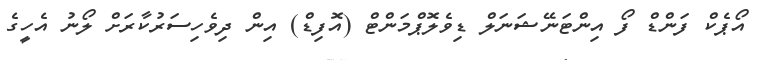
އޯޕެކް ފަންޑް ފޯ އިންޓަނޭޝަނަލް ޑިވެލޮޕްމަންޓް (އޮފިޑް) އިން ދިވެހިސަރުކާރަށް ލޯނު އެހީގެ